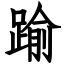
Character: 踰